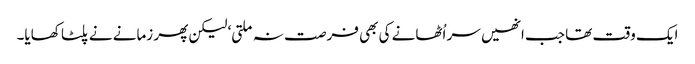
ایک وقت تھا جب انھیں سر اُٹھانے کی بھی فرصت نہ ملتی‘ لیکن پھر زمانے نے پلٹا کھایا۔